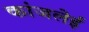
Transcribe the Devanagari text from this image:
कांजलेई